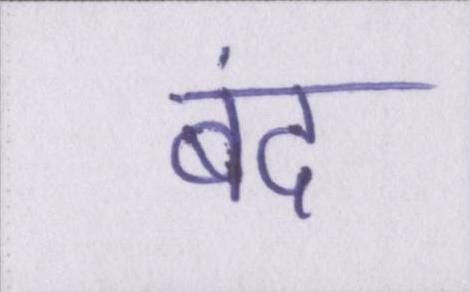
बंद